Rangoon Lunatic Asylum 1898-1906 - 1898-1906
Year: 1898
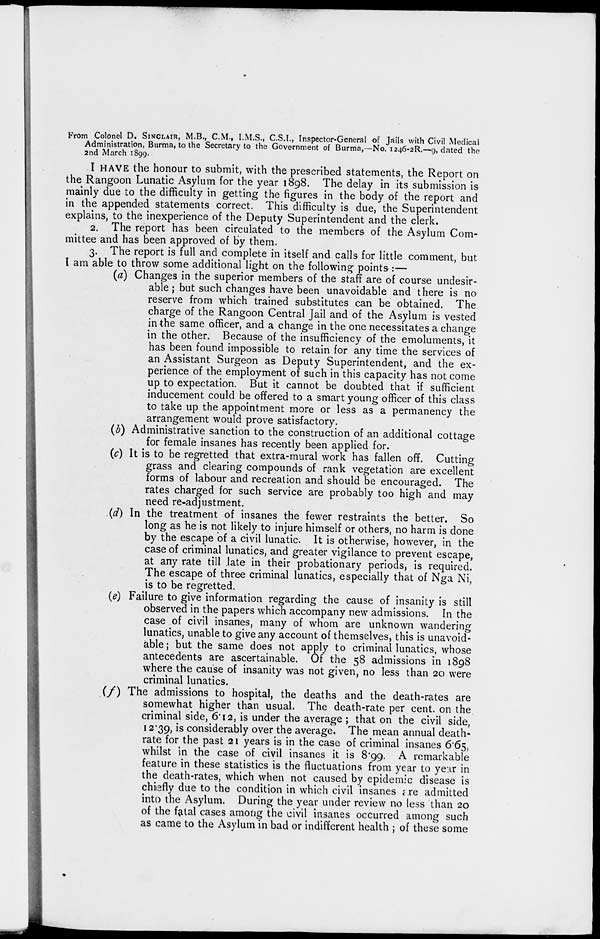
From Colonel D. SINCLAIR, M.B., C.M., I.M.S., C.S.I., Inspector-General of Jails with Civil Medical
Administration, Burma, to the Secretary to the Government of Burma,—No. 1246-2R.—9, dated the
2nd March 1899.
I HAVE the honour to submit, with the prescribed statements, the Report on
the Rangoon Lunatic Asylum for the year 1898. The delay in its submission is
mainly due to the difficulty in getting the figures in the body of the report and
in the appended statements correct. This difficulty is due, the Superintendent
explains, to the inexperience of the Deputy Superintendent and the clerk.
2. The report has been circulated to the members of the Asylum Com-
mittee and has been approved of by them.
3. The report is full and complete in itself and calls for little comment, but
I am able to throw some additional light on the following points :—
(a) Changes in the superior members of the staff are of course undesir-
able ; but such changes have been unavoidable and there is no
reserve from which trained substitutes can be obtained. The
charge of the Rangoon Central Jail and of the Asylum is vested
in the same officer, and a change in the one necessitates a change
in the other. Because of the insufficiency of the emoluments, it
has been found impossible to retain for any time the services of
an Assistant Surgeon as Deputy Superintendent, and the ex-
perience of the employment of such in this capacity has not come
up to expectation. But it cannot be doubted that if sufficient
inducement could be offered to a smart young officer of this class
to take up the appointment more or less as a permanency the
arrangement would prove satisfactory.
(b) Administrative sanction to the construction of an additional cottage
for female insanes has recently been applied for.
(c) It is to be regretted that extra-mural work has fallen off. Cutting
grass and clearing compounds of rank vegetation are excellent
forms of labour and recreation and should be encouraged. The
rates charged for such service are probably too high and may
need re-adjustment.
(d) In the treatment of insanes the fewer restraints the better. So
long as he is not likely to injure himself or others, no harm is done
by the escape of a civil lunatic. It is otherwise, however, in the
case of criminal lunatics, and greater vigilance to prevent escape,
at any rate till late in their probationary periods, is required.
The escape of three criminal lunatics, especially that of Nga Ni,
is to be regretted.
(e) Failure to give information regarding the cause of insanity is still
observed in the papers which accompany new admissions. In the
case of civil insanes, many of whom are unknown wandering
lunatics, unable to give any account of themselves, this is unavoid-
able; but the same does not apply to criminal lunatics, whose
antecedents are ascertainable. Of the 58 admissions in 1898
where the cause of insanity was not given, no less than 20 were
criminal lunatics.
(f) The admissions to hospital, the deaths and the death-rates are
somewhat higher than usual. The death-rate per cent, on the
criminal side, 6.12, is under the average ; that on the civil side,
12.39, is considerably over the average. The mean annual death-
rate for the past 21 years is in the case of criminal insanes 6.65,
whilst in the case of civil insanes it is 8.99. A remarkable
feature in these statistics is the fluctuations from year to year in
the death-rates, which when not caused by epidemic disease is
chiefly due to the condition in which civil insanes are admitted
into the Asylum. During the year under review no less than 20
of the fatal cases among the civil insanes occurred among such
as came to the Asylum in bad or indifferent health ; of these some